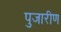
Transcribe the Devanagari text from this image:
पुजारीण